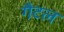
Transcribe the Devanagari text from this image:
गैटल